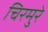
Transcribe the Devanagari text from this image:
चिरमुरे